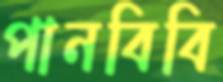
পানবিবি